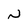
Character: N